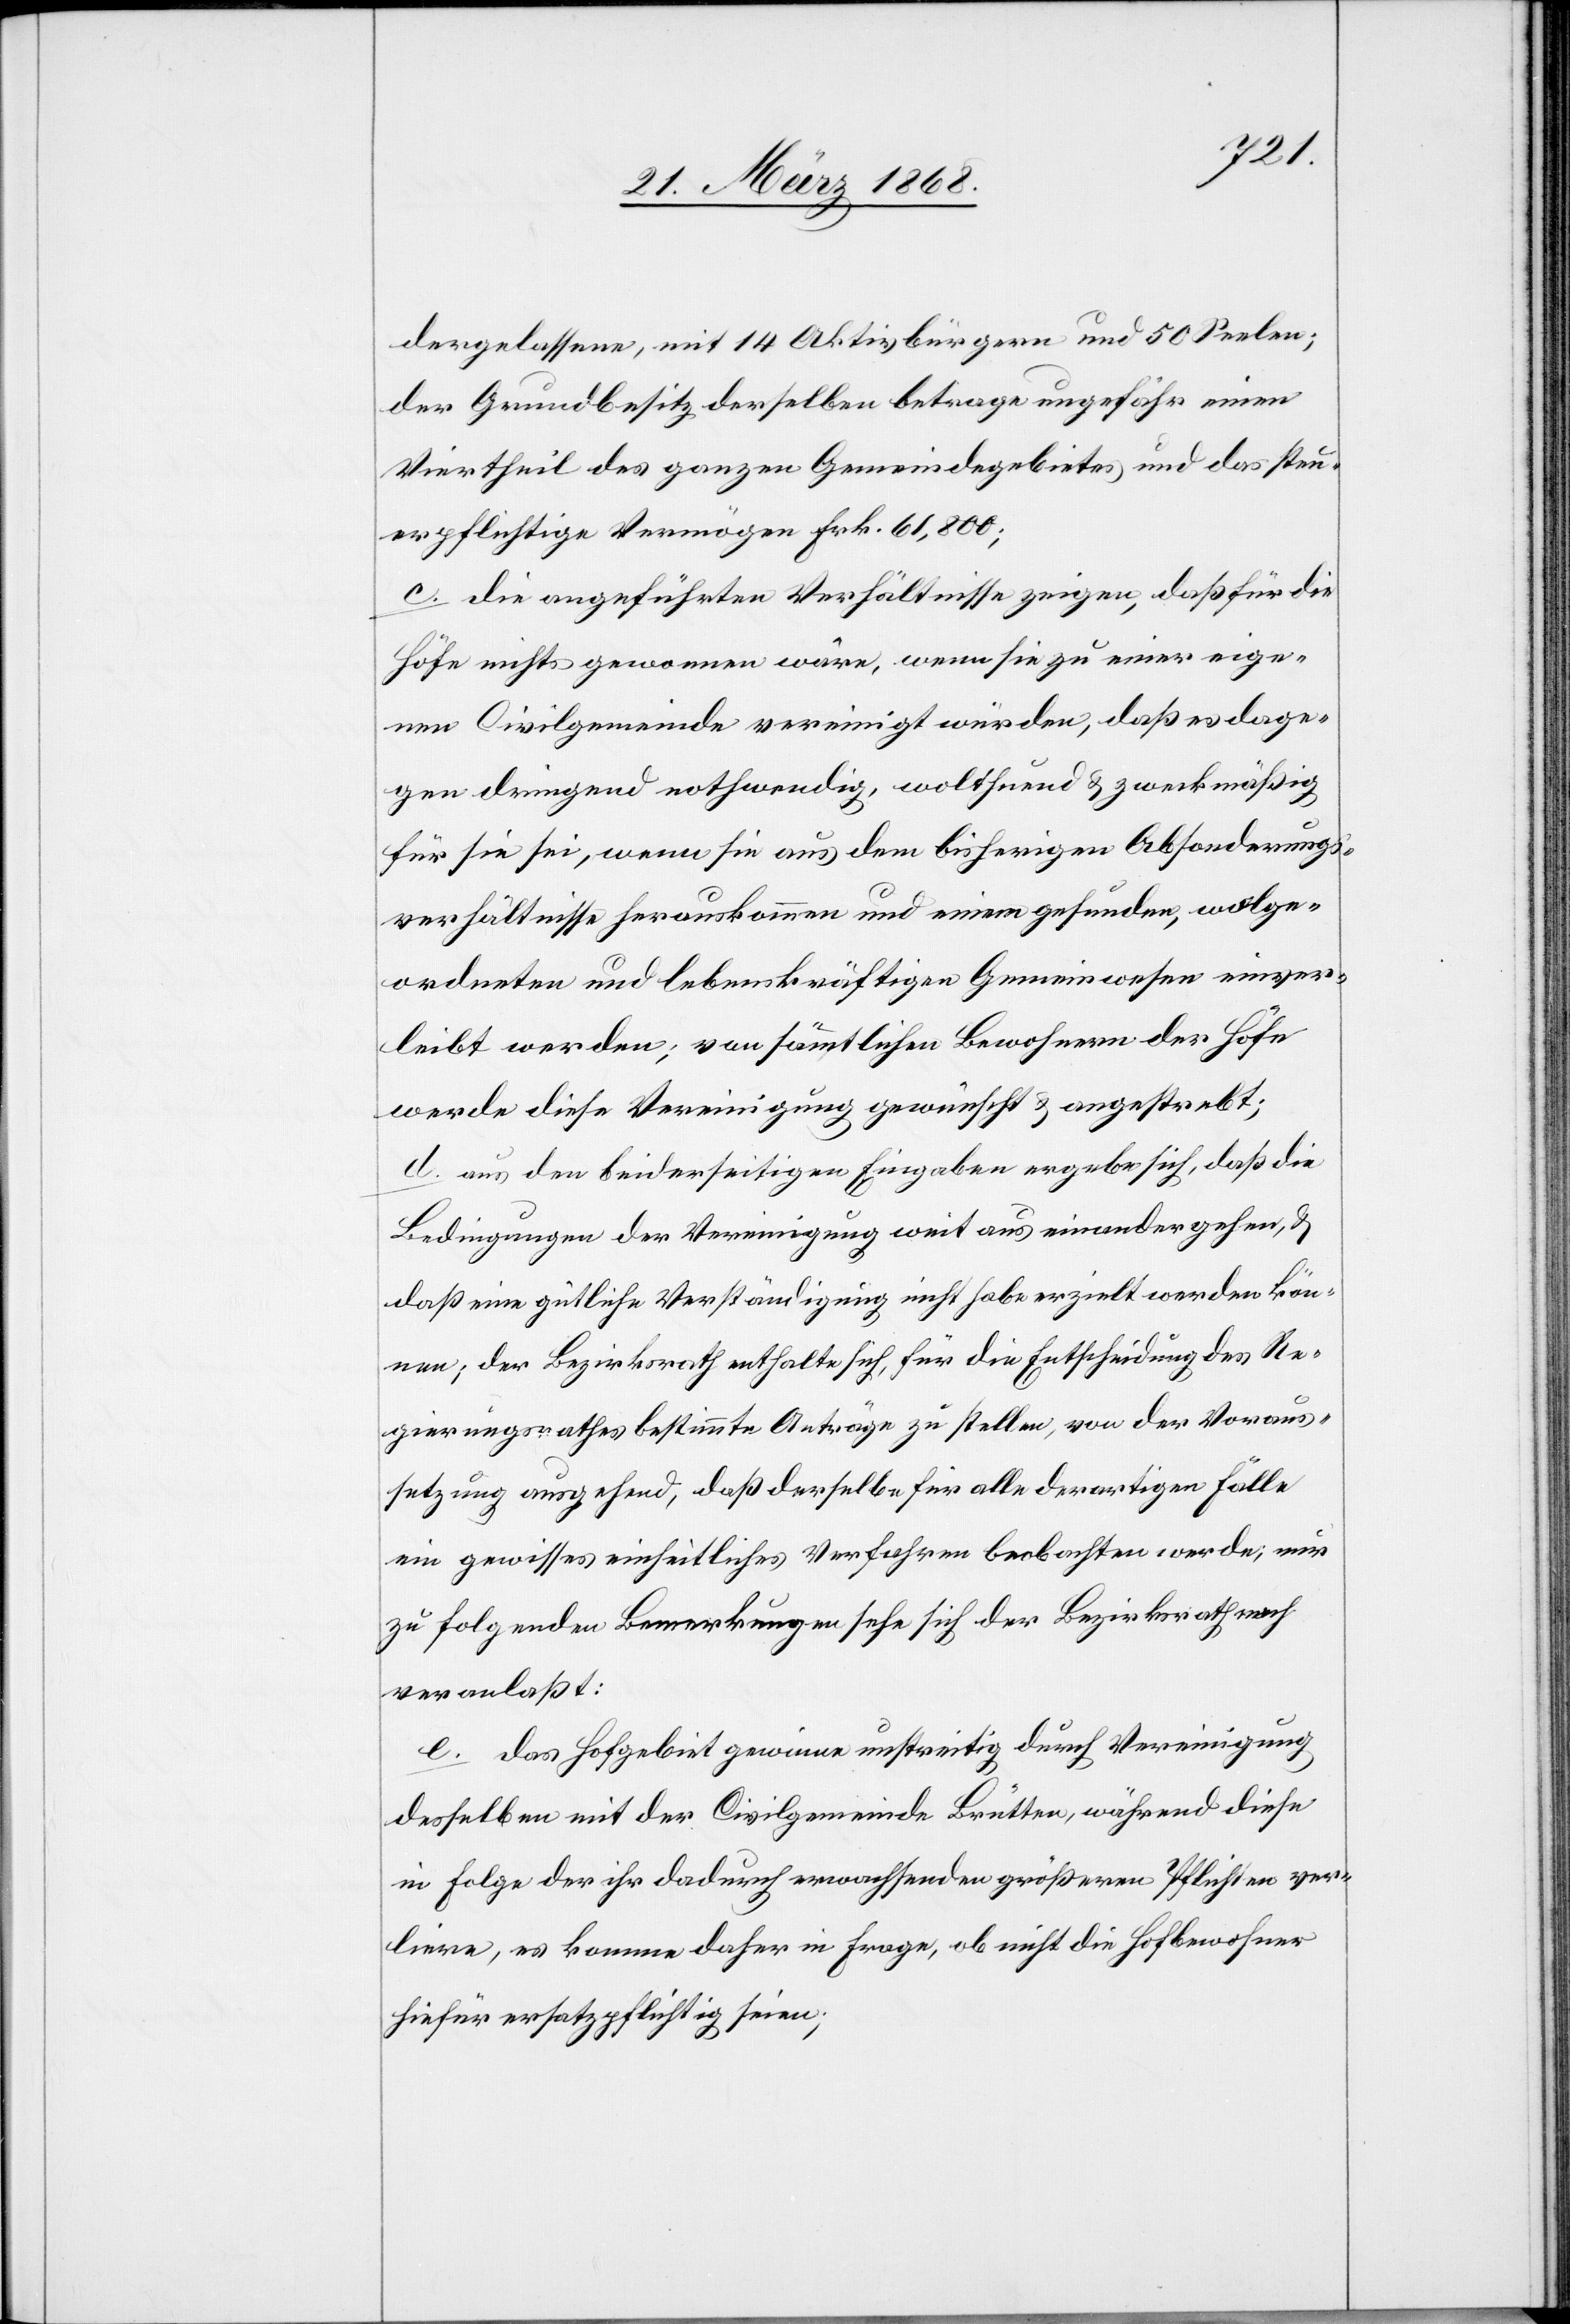
dergelassene, mit 14 Aktivbürgern und 50 Seelen;
der Grundbesitz derselben betrage ungefähr einen
Viertheil des ganzen Gemeindegebietes und das steu¬
erpflichtige Vermögen Frk. 61,800;
c. die angeführten Verhältnisse zeigen, daß für die
Höfe nichts gewonnen wäre, wenn sie zu einer eige¬
nen Civilgemeinde vereinigt würden, daß es dage¬
gen dringend nothwendig, wolthuend & zweckmäßig
für sie sei, wenn sie aus dem bisherigen Absonderungs¬
verhältnisse herauskommen und einem gesunden, wolge¬
ordneten und lebenskräftigen Gemeinwesen einver¬
leibt werden; von sämmtlichen Bewohnern der Höfe
werde diese Vereinigung gewünscht & angestrebt;
d. aus den beiderseitigen Eingaben ergebe sich, daß die
Bedingungen der Vereinigung weit aus einandergehen, &
daß eine gütliche Verständigung nicht habe erzielt werden kön¬
nen; der Bezirksrath enthalte sich, für die Entschädigung des Re¬
gierungsrathes bestimmte Anträge zu stellen, von der Voraus¬
setzung ausgehend, daß derselbe für alle derartigen Fälle
ein gewisses einheitliches Verfahren beobachten werde; nur
zu folgenden Bemerkungen sehe sich der Bezirksrath noch
veranlaßt:
e. das Hofgebiet gewinne unstreitig durch Vereinigung
desselben mit der Civilgemeinde Brütten, während diese
in Folge der ihr dadurch erwachsenden größeren Pflichten ver¬
liere, es komme daher in Frage, ob nicht die Hofbewohner
hiefür ersatzpflichtig seien;